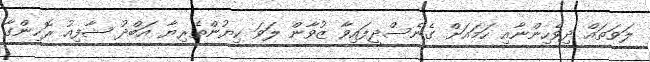
ލަވަތައް ދިވެހިންނާއި ހަމައަށް ގެނެސްދީފައިވާ ޒުވާން ލަވަ ކިޔުންތެރިޔާ އަބްދު ޝާފިއު ރޮހިންގާ